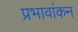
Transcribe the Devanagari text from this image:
प्रभावांकन